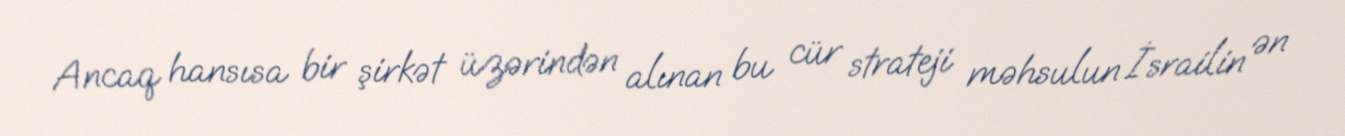
Ancaq hansısa bir şirkət üzərindən alınan bu cür strateji məhsulun İsrailin ən